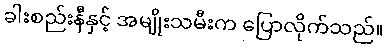
ခါးစည်းနီနှင့် အမျိုးသမီးက ပြောလိုက်သည်။